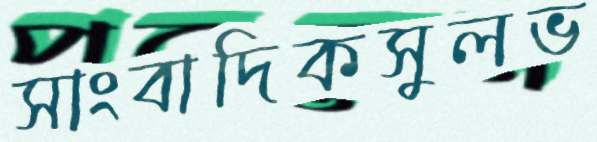
সাংবাদিকসুলভ